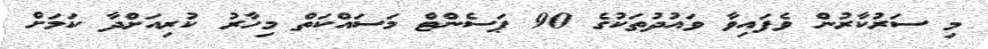
މި ސަރުކާރުން ވެފައިވާ ވައުދުތަކުގެ 90 ޕަސެންޓް މަސައްކަތް މިހާރު ކުރިއަށްދާ ކަމަށް